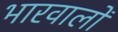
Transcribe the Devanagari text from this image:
भारवालों